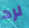
لرد